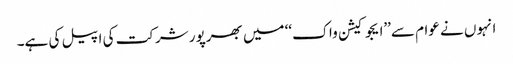
انہوں نے عوام سے’’ایجوکیشن واک‘‘ میں بھرپور شرکت کی اپیل کی ہے۔